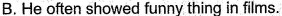
B. He often showed funny thing in films